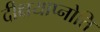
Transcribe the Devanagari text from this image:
दीक्षयाप्नोति